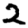
Digit: 2